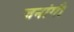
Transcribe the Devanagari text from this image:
जनांगी